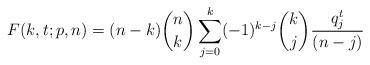
LaTeX: \begin{align*}F(k,t;p,n) = (n-k) \binom{n}{k} \sum_{j=0}^k (-1)^{k-j} \binom{k}{j} \dfrac{q_{j}^t}{(n-j)} \end{align*}